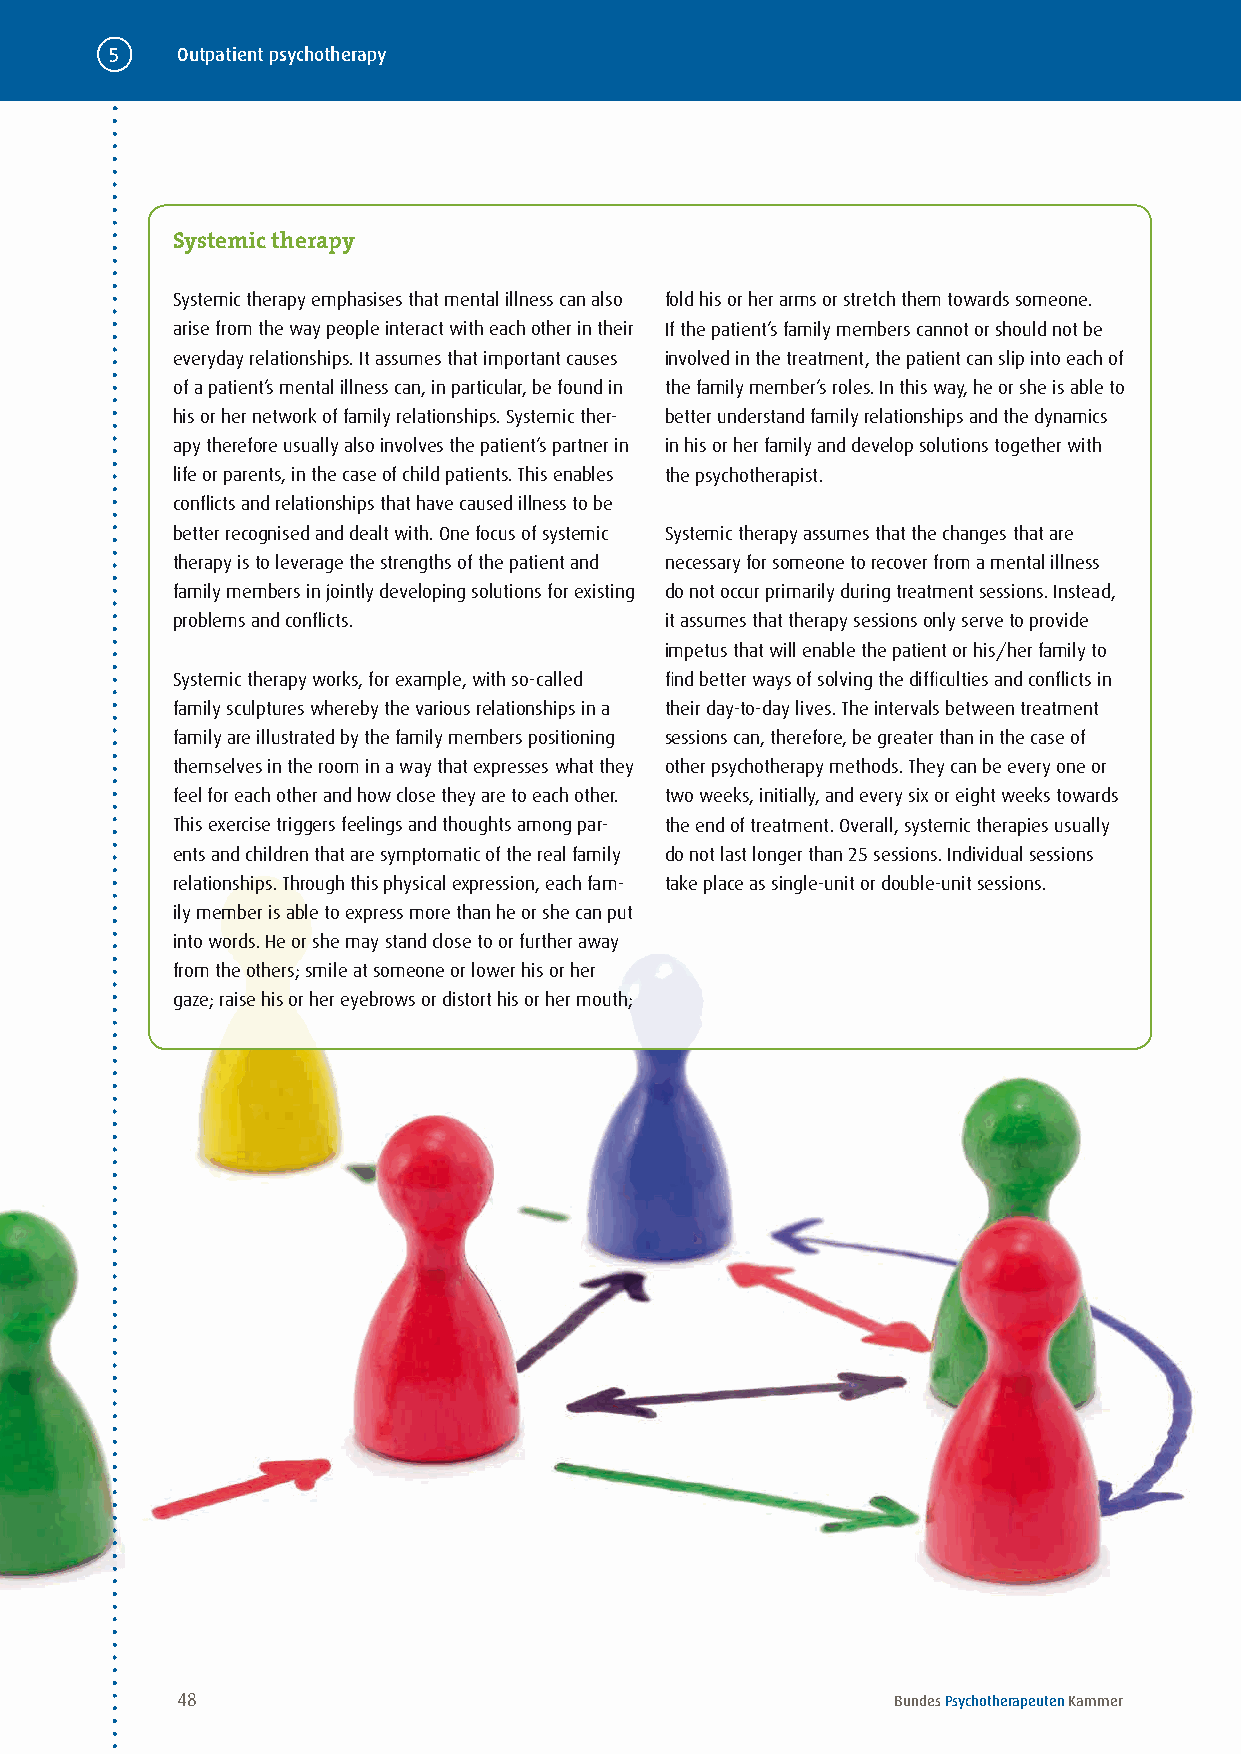
5    Outpatient psychotherapy
 Systemic therapy
 Systemic therapy emphasises that mental illness can also fold his or her arms or stretch them towards someone .
 arise from the way people interact with each other in their If the patient’s family members cannot or should not be
 everyday relationships . It assumes that important causes involved in the treatment, the patient can slip into each of
 of a patient’s mental illness can, in particular, be found in the family member’s roles . In this way, he or she is able to
 his or her network of family relationships . Systemic ther- better understand family relationships and the dynamics
 apy therefore usually also involves the patient’s partner in in his or her family and develop solutions together with
 life or parents, in the case of child patients . This enables the psychotherapist .
 conflicts and relationships that have caused illness to be
 better recognised and dealt with . One focus of systemic Systemic therapy assumes that the changes that are
 therapy is to leverage the strengths of the patient and necessary for someone to recover from a mental illness
 family members in jointly developing solutions for existing do not occur primarily during treatment sessions . Instead,
 problems and conflicts .         it assumes that therapy sessions only serve to provide
 impetus that will enable the patient or his/her family to
 Systemic therapy works, for example, with so-called find better ways of solving the difficulties and conflicts in
 family sculptures whereby the various relationships in a their day-to-day lives . The intervals between treatment
 family are illustrated by the family members positioning sessions can, therefore, be greater than in the case of
 themselves in the room in a way that expresses what they other psychotherapy methods . They can be every one or
 feel for each other and how close they are to each other . two weeks, initially, and every six or eight weeks towards
 This exercise triggers feelings and thoughts among par- the end of treatment . Overall, systemic therapies usually
 ents and children that are symptomatic of the real family do not last longer than 25 sessions . Individual sessions
 relationships . Through this physical expression, each fam- take place as single-unit or double-unit sessions .
 ily member is able to express more than he or she can put
 into words . He or she may stand close to or further away
 from the others; smile at someone or lower his or her
 gaze; raise his or her eyebrows or distort his or her mouth;
 48                                             Bundes Psychotherapeuten Kammer